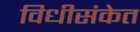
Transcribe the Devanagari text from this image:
विधीसंकेत